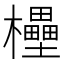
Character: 𣠠